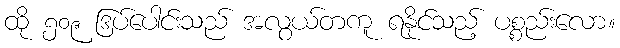
ထို ၅၀၉ ဒြပ်ပေါင်းသည် အလွယ်တကူ ရနိုင်သည့် ပစ္စည်းလော။